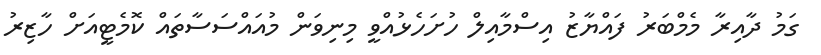
ގަމު ދާއިރާ މެމްބަރު ފައްޔާޒު އިސްމާއިލް ހުށަހެޅުއްވީ މިނިވަން މުއައްސަސާތައް ކޮމެޓީއަށް ހާޒިރު